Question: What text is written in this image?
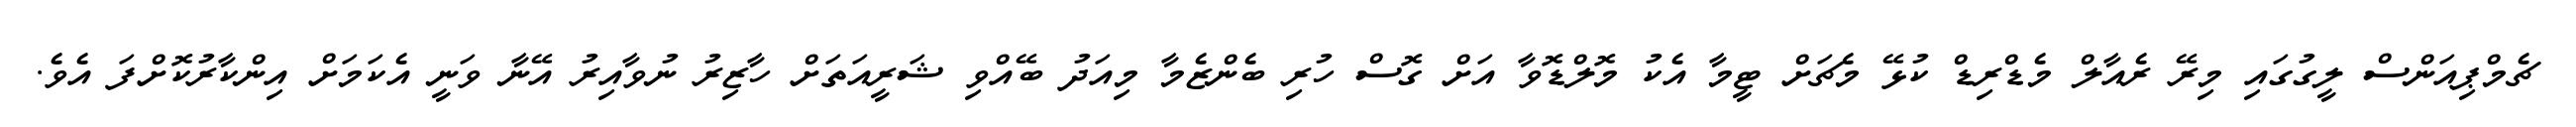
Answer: ޗެމްޕިއަންސް ލީގުގައި މިރޭ ރެއާލް މެޑްރިޑް ކުޅޭ މެޗަށް ޓީމާ އެކު މޮލްޑޮވާ އަށް ގޮސް ހުރި ބެންޒެމާ މިއަދު ބޭއްވި ޝަރީއަތަށް ހާޒިރު ނުވާއިރު އޭނާ ވަނީ އެކަމަށް އިންކާރުކޮށްފަ އެވެ.